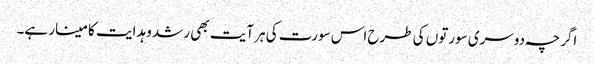
اگرچہ دوسری سورتوں کی طرح اس سورت کی ہر آیت بھی رشد و ہدایت کا مینار ہے۔